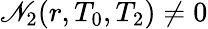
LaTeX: \mathscr{N}_{2}(r,T_{0},T_{2})\neq 0